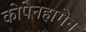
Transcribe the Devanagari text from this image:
कोपेनहागेन